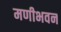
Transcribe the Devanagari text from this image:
मणीभवन